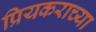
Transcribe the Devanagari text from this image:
प्रियकराच्या